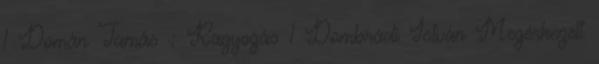
1 Domán Tamás : Ragyogás 1 Dombrádi István Megérkezett